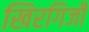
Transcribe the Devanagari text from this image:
खिरगिजी